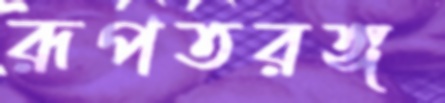
রূপতরঙ্গ